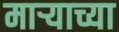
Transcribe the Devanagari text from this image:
मार्‍याच्या